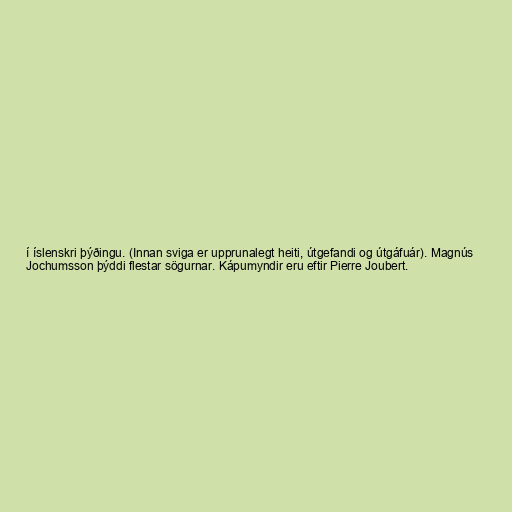
í íslenskri þýðingu. (Innan sviga er upprunalegt heiti, útgefandi og útgáfuár). Magnús
Jochumsson þýddi flestar sögurnar. Kápumyndir eru eftir Pierre Joubert.